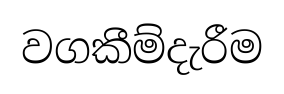
වගකීම්දැරීම